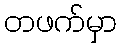
တဖက်မှာ